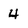
Character: 4